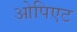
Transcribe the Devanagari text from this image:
ओपिएट